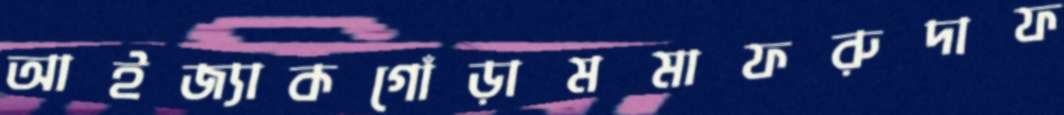
আইজ্যাকগোঁড়ামমাফরুদাফ